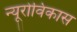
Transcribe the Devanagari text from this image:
न्यूरोविकास